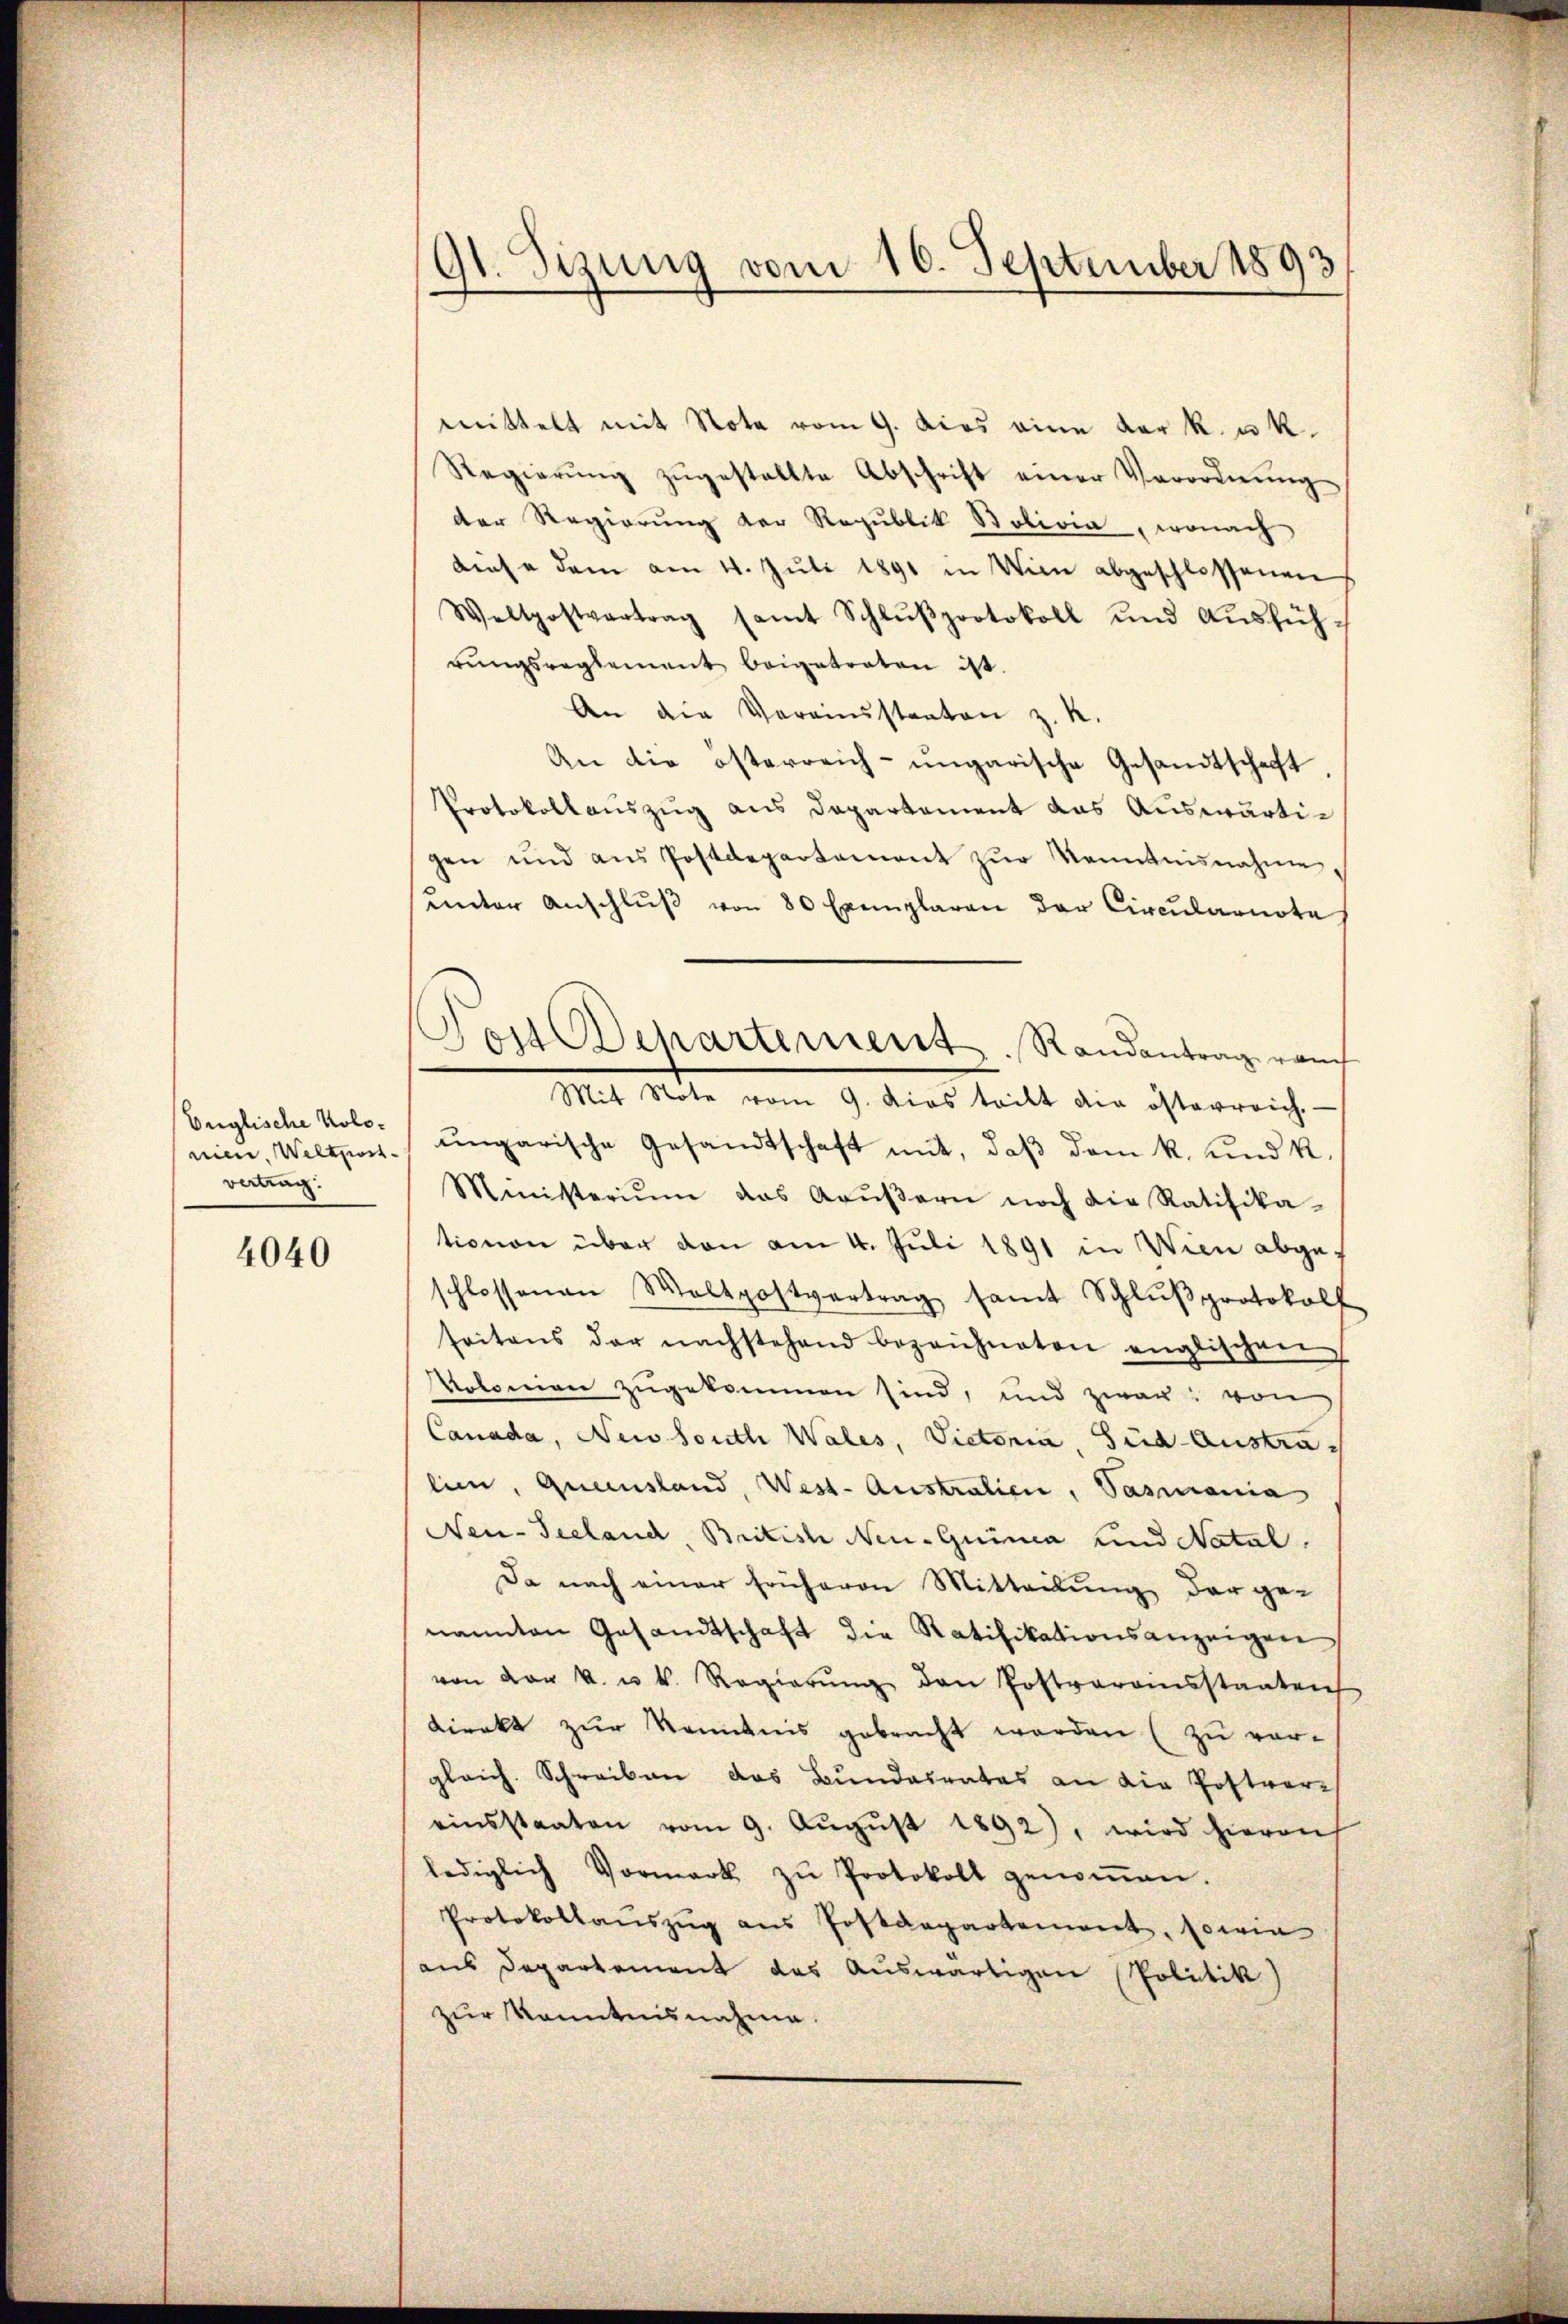
Englische Kolonien. Weltport
vertrag:

4040

91. Sizung vom 16. September 1893

mittelt mit Note vom 9. dies eine der k. u. k.
Regierŭng zŭgestellte Abschrift einer Verordnŭng
der Regierung der Republik Solivia, wonach
diese dem am 11. Jŭli 1891 in Wien abgeschlossenen
Weltpostvertrag samt Schlŭβprotokoll und Aŭsführŭngsreglement beigetreten ist.
An die Vereinstanten z. R.
An die österreich-ungarische Gesandtschaft
Protokollauszug aus Departement das Auswärtigen und aus Postdepartement zur Kenntnisnahme
unter Anschlŭβ von 80 Exemplaren der Circŭlarnote
Mit Note vom 9. dies teilt die österreich.
ŭngarische Gesandtschaft mit, daβ dem k. und k.
Ministerium das Kaŭβern noch die Ratifika-
tionen über von am 4. Juli 1891 in Wien abge-
schlossenen Woltpostvertrag samt Schlŭβprotokoll
seitens der nachstehend bezeichneten englischen
Volonien zugekommen sind, und zwar: von
Canada, Neis South Wales, Victoria, Süd-Australien, Queensland, West-Australien, Pasmania
Nen-Seeland, British Neu-Guima und Natal
Da nach einer früheren Mitteilung der genannten Gesandtschaft die Ratifikationsanzeigen
von vor u. u. k. Regierŭng den Postveransstaaten
direkt zur Kenntnis gebracht werden (zu ver-
gleich. Schreiben das Bundesrates an die Postvereinsstaaten vom 9. Aŭgŭst 1892), wird hierauf
lediglich Vormark zŭ Protokoll genoṁen.
Protokollaŭszŭg ans Postdepartement, sowie
aus Departement das Auswärtigen Politik)
zur Kenntnisnahme.

Post Departement. Randantrag vom